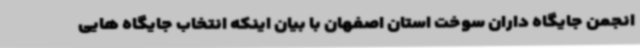
انجمن جایگاه داران سوخت استان اصفهان با بیان اینکه انتخاب جایگاه هایی